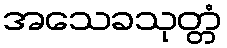
အသေခသုတ္တံ